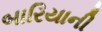
બારિયાની